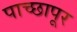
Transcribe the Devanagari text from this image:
पाच्छापूर